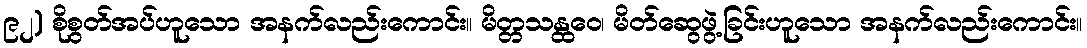
၉၂) စိုစွတ်အပ်ဟူသော အနက်လည်းကောင်း။ မိတ္တသန္ထဝေ၊ မိတ်ဆွေဖွဲ့ခြင်းဟူသော အနက်လည်းကောင်း။